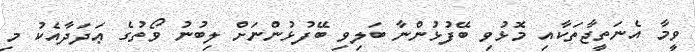
ވީމާ އެނަތީޖާތަކާއި މޮޅުވި ބޭފުޅުންނާ ބަލިވި ބޭފުޅުންނަށް ލިބުނު ވޯތުގެ ޢަދަދާއެކު މި